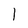
Character: 1